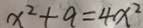
x ^ { 2 } + a = 4 x ^ { 2 }